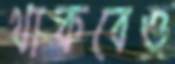
থাকবেও